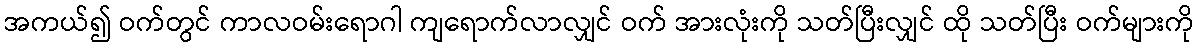
အကယ်၍ ဝက်တွင် ကာလဝမ်းရောဂါ ကျရောက်လာလျှင် ဝက် အားလုံးကို သတ်ပြီးလျှင် ထို သတ်ပြီး ဝက်များကို